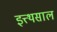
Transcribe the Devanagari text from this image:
इत्त्थसाल